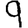
Digit: 9